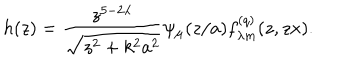
h ( z ) = \frac { z ^ { 5 - 2 \lambda } } { \sqrt { z ^ { 2 } + k ^ { 2 } a ^ { 2 } } } \psi _ { \mu } ( z / a ) f _ { \lambda m } ^ { ( q ) } ( z , z x ) .